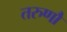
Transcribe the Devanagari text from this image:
तरुणौ